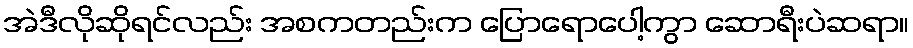
အဲဒီလိုဆိုရင်လည်း အစကတည်းက ပြောရောပေါ့ကွာ ဆောရီးပဲဆရာ။